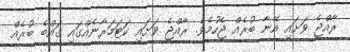
ރާއްޖެ ވަށައި އޭނާ ބުރެއް ޖެހުމެވެ. ރާއްޖެ ވަށައި ކަޓަމަރާނެއްގައި ގައްބެ ބުރެއް